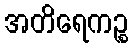
အတိရေကဉ္စ